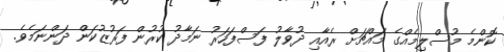
ކޮންމެ މުސްލިމެއްގެ މައްޗަށް ރެއާއި ދުވާލު ފަސްފަހަރު ނަމާދު ކުރުން ފަރުޒުކަން ދަންނަމެވެ.